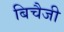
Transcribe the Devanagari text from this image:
बिचैजी